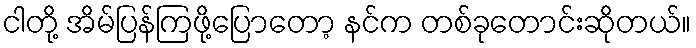
ငါတို့ အိမ်ပြန်ကြဖို့ပြောတော့ နင်က တစ်ခုတောင်းဆိုတယ်။